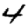
Digit: 4